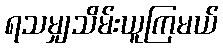
ရသမျှသိမ်းယူကြမယ်